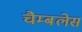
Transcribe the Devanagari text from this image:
चैम्बलेस